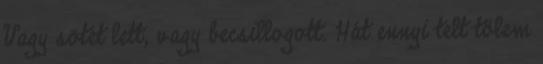
Vagy sötét lett, vagy becsillogott. Hát ennyi telt tőlem